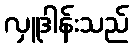
လှူဒါန်းသည်